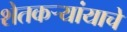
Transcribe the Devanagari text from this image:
शेतकर्‍यांयाचे